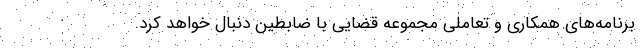
برنامه‌های همکاری و تعاملی مجموعه قضایی با ضابطین دنبال خواهد کرد.